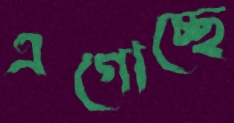
এগোচ্ছে